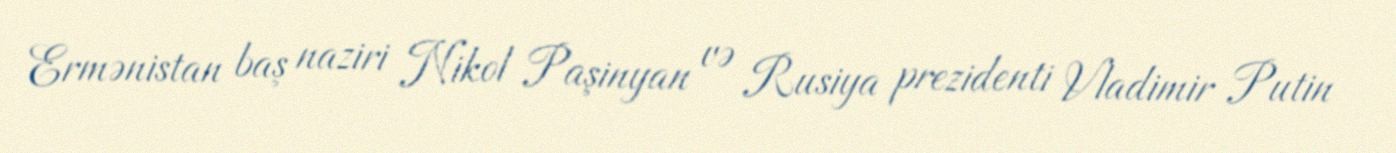
Ermənistan baş naziri Nikol Paşinyan və Rusiya prezidenti Vladimir Putin